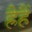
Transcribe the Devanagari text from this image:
ह्रैहैं